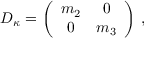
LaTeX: D _ { \kappa } = \left( \begin{array} { c c } { { m _ { 2 } } } & { { 0 } } \\ { { 0 } } & { { m _ { 3 } } } \end{array} \right) \, ,